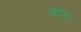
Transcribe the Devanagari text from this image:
बधाया।